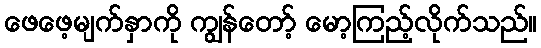
ဖေဖေ့မျက်နှာကို ကျွန်တော့် မော့ကြည့်လိုက်သည်။